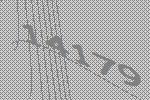
14179